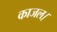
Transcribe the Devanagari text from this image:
काजल।